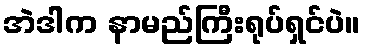
အဲဒါက နာမည်ကြီးရုပ်ရှင်ပဲ။